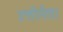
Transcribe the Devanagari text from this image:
उत्तीर्नता